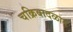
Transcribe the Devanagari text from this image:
चक्रिवादळात